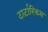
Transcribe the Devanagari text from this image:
टार्टारिकम